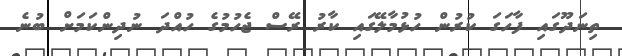
ތިނަދޫގައި ފާހަގަ ކުރުން ހުޅުމާލޭގައި ކާރު ރޭސް ޖެހުމުގެ ހުއްދަ ނުދިންކަމަށް ބުނެ